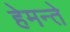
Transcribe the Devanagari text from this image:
हेमन्ते